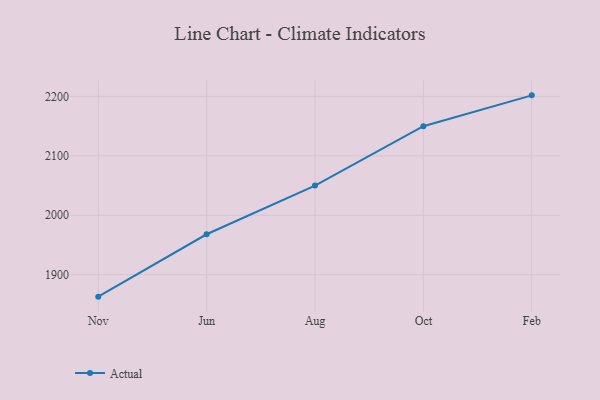
{"axis": {"x": "Month", "y": "Bounce Rate (%)"}, "legend": ["Actual"], "data": [{"x": "Nov", "y": 1863.0, "type": "Actual"}, {"x": "Jun", "y": 1968.0, "type": "Actual"}, {"x": "Aug", "y": 2050.0, "type": "Actual"}, {"x": "Oct", "y": 2149.9, "type": "Actual"}, {"x": "Feb", "y": 2201.8, "type": "Actual"}]}